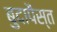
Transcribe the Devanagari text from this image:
बुदापैस्त